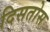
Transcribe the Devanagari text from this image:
दिसतोस